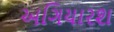
અગિયારશ